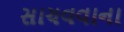
સાચવવાના